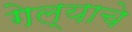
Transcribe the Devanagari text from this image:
गेल्‍याचे